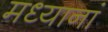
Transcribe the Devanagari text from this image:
मध्यानां